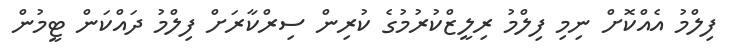
ފިލްމު އެއްކޮށް ނިމި ފިލްމު ރިލީޒްކުރުމުގެ ކުރިން ސިރްކާރަށް ފިލްމު ދައްކަން ޓީމުން